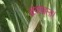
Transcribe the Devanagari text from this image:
मुक़ाबला।